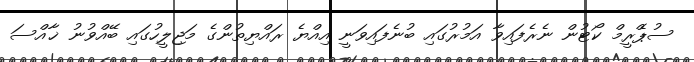
ސުޕްެރީމް ކޯޓުން ނެރެފައިވާ އަމުރުގައި ބުނެފައިވަނީ އިއްޔެ ރައްޔިތުންގެ މަޖިލީހުގައި ބޭއްވުނު ޚާއްސަ